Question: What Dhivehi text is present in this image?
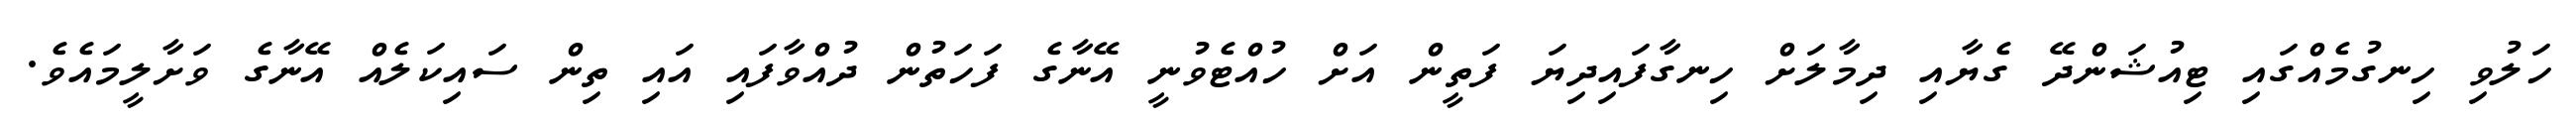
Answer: ހަލުވި ހިނގުމެއްގައި ޓިއުޝަންދޭ ގެޔާއި ދިމާލަށް ހިނގާފައިދިޔަ ފަތީން އަށް ހުއްޓެވުނީ އޭނާގެ ފަހަތުން ދުއްވާފައި އައި ތިން ސައިކަލެއް އޭނާގެ ވަށާލީމައެވެ.